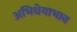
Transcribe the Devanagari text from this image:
अभिधेयाभाव